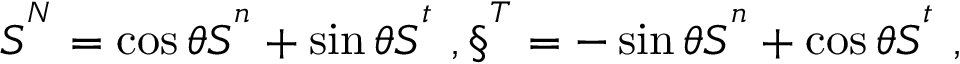
S ^ { ^ N } = \cos { \theta } S ^ { ^ n } + \sin { \theta } S ^ { ^ t } \ , \S ^ { ^ T } = - \sin { \theta } S ^ { ^ n } + \cos { \theta } S ^ { ^ t } \ ,